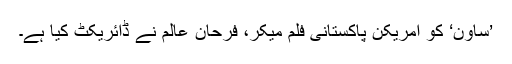
’ساون‘ کو امریکن پاکستانی فلم میکر، فرحان عالم نے ڈائریکٹ کیا ہے۔